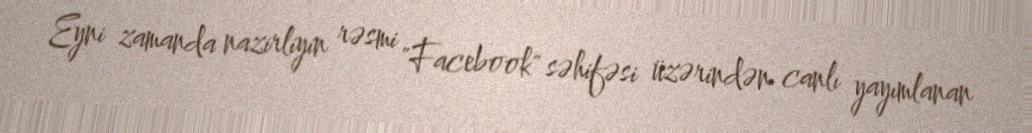
Eyni zamanda nazirliyin rəsmi "Facebook" səhifəsi üzərindən canlı yayımlanan